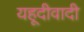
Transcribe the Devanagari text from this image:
यहूदीवादी